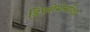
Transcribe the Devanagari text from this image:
डिप्लोमोनाडिडा